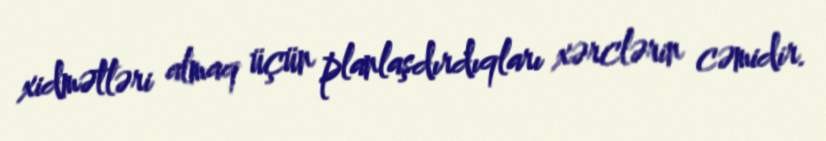
xidmətləri almaq üçün planlaşdırdıqları xərclərin cəmidir.